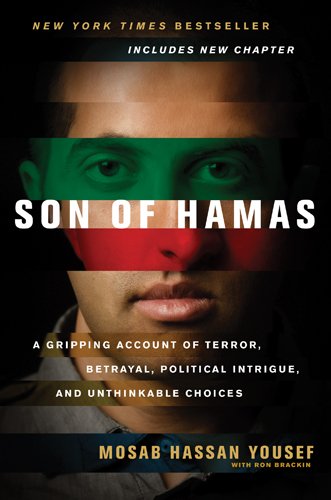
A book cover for Son of Hamas: A Gripping Account of Terror, Betrayal, Political Intrigue, and Unthinkable Choices; Mosab Hassan Yousef; Biographies & Memoirs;